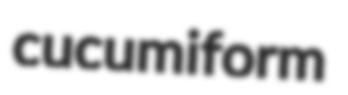
cucumiform